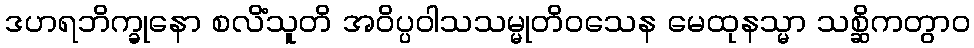
ဒဟရဘိက္ခုနော စလိံသူတိ အဝိပ္ပဝါသသမ္မုတိဝသေန မေထုနသ္မာ သစ္ဆိကတွာဝ